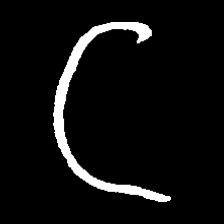
Pyu character \u2014 Myanmar letter: ဋ (romanized: tta)